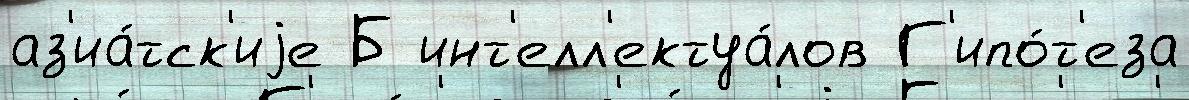
аз'иа́тск'иjе Б инт'елл'ектуа́лов Г'ипо́т'еза